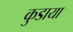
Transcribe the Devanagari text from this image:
कुडाया